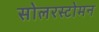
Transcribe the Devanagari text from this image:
सोलरस्टोमन